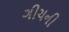
ગીચની